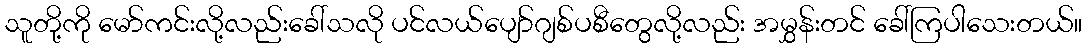
သူတို့ကို မော်ကင်းလို့လည်းခေါ်သလို ပင်လယ်ပျော်ဂျစ်ပစီတွေလို့လည်း အမွှန်းတင် ခေါ်ကြပါသေးတယ်။